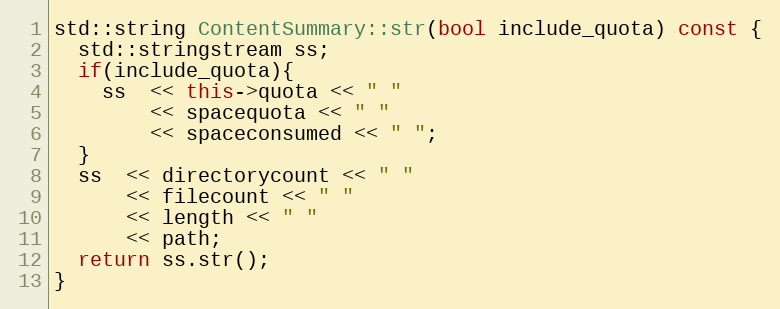
Language: C++
std::string ContentSummary::str(bool include_quota) const {
  std::stringstream ss;
  if(include_quota){
    ss  << this->quota << " "
        << spacequota << " "
        << spaceconsumed << " ";
  }
  ss  << directorycount << " "
      << filecount << " "
      << length << " "
      << path;
  return ss.str();
}